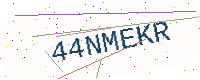
Text: 44NMEKR